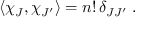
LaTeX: \langle \chi _ { J } , \chi _ { J ^ { \prime } } \rangle = n ! \, \delta _ { J J ^ { \prime } } \; .